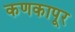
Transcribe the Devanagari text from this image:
कणकापूर